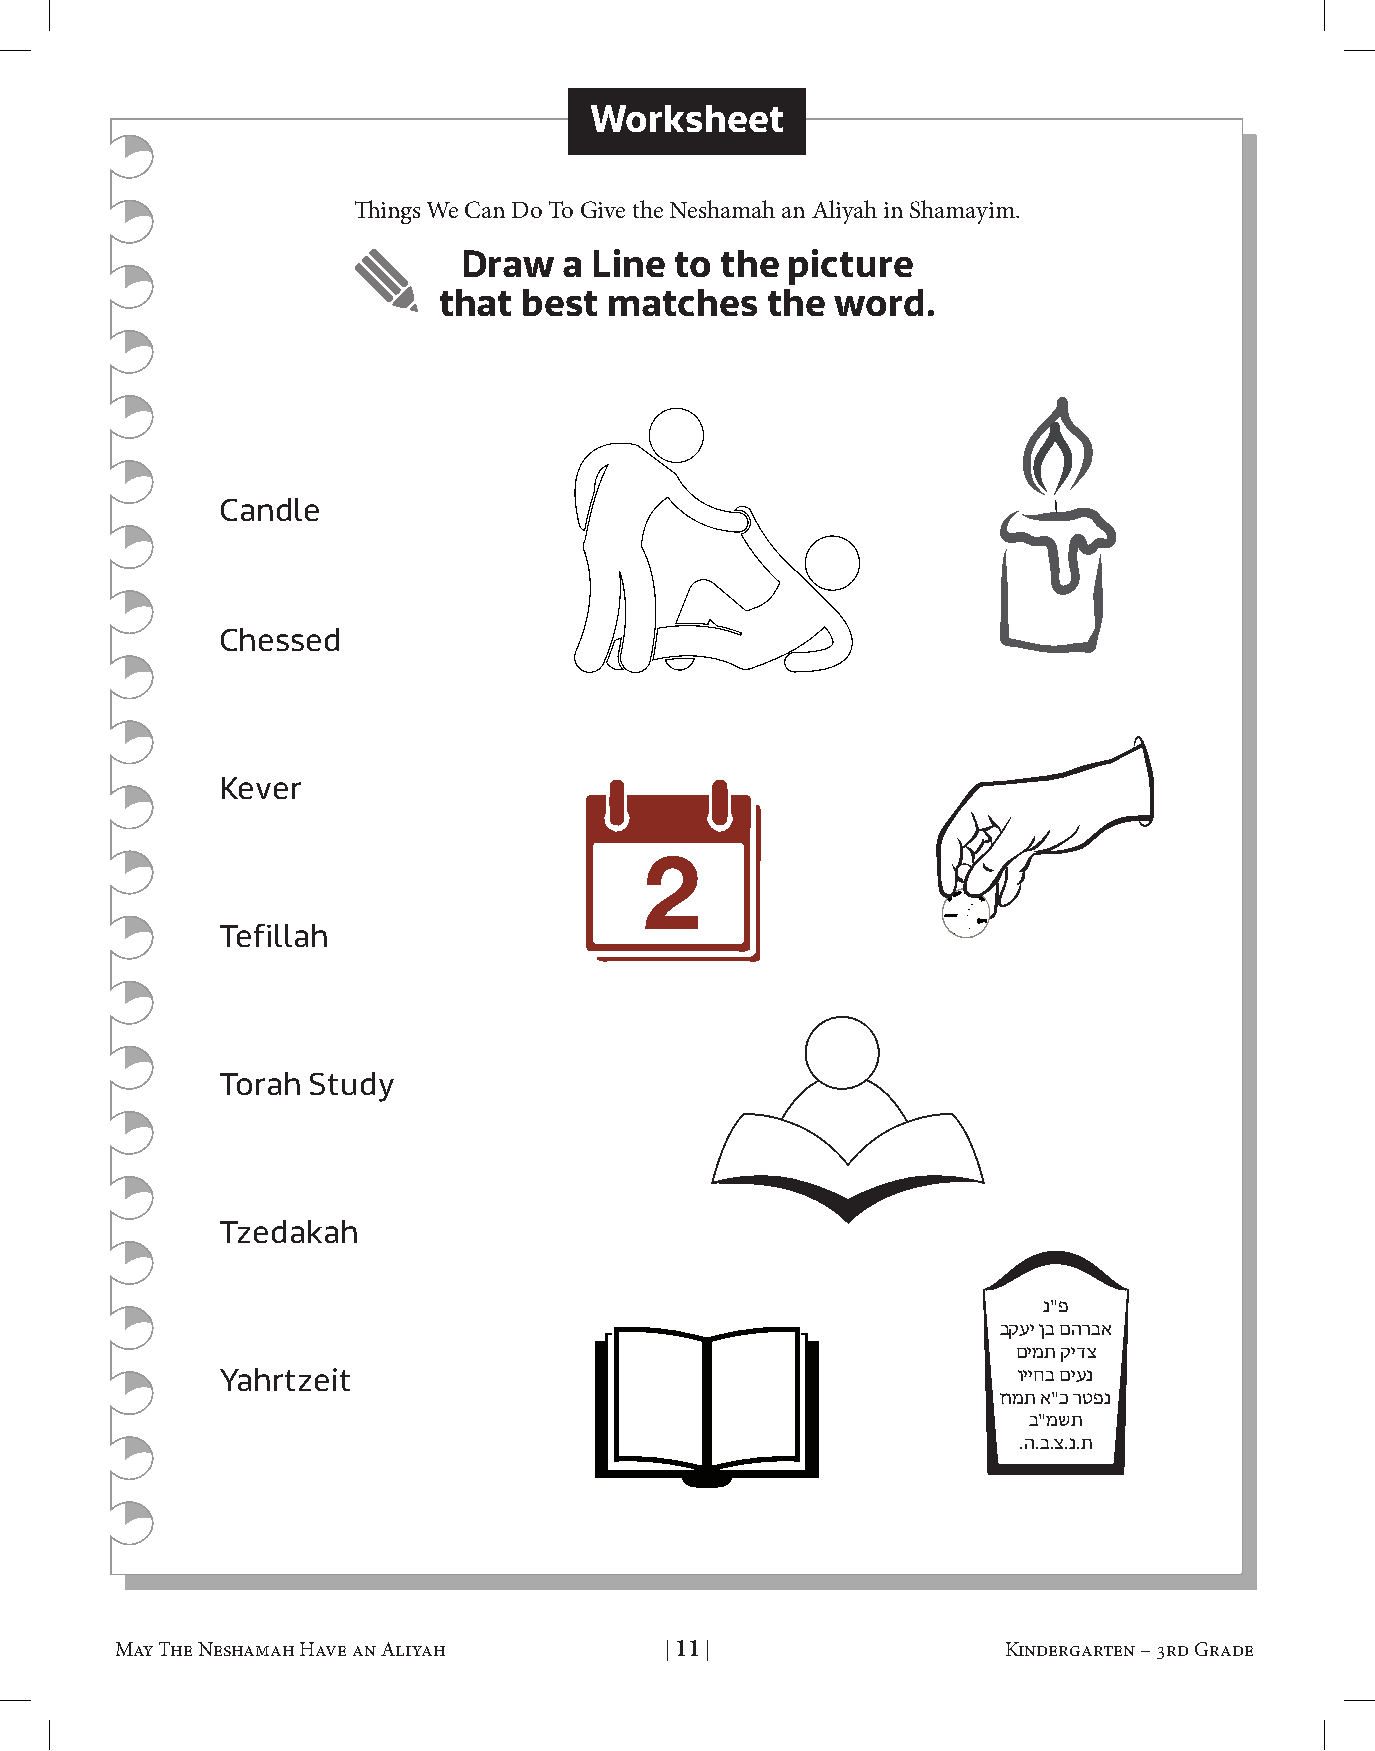
Worksheet
 Things We Can Do To Give the Neshamah an Aliyah in Shamayim.
 Draw  a Line  to the picture
 that  best matches    the word.
 Candle
 Chessed
 Kever
 Tefillah
 Torah Study
 Tzedakah
 נ"פ
 בקעי ןב םהרבא
 םימת קידצ
 Yahrtzeit                                            וייחב םיענ
 זומת א"כ רטפנ
 ב"משת
 .ה.ב.צ.נ.ת
 May The Neshamah Have an Aliyah     | 11 |                 Kindergarten – 3rd Grade May The Neshamah Have an Aliyah     | 12 |                 Kindergarten – 3rd Grade